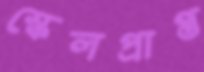
স্কেলপ্রাপ্ত